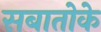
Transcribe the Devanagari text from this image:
सबातोके